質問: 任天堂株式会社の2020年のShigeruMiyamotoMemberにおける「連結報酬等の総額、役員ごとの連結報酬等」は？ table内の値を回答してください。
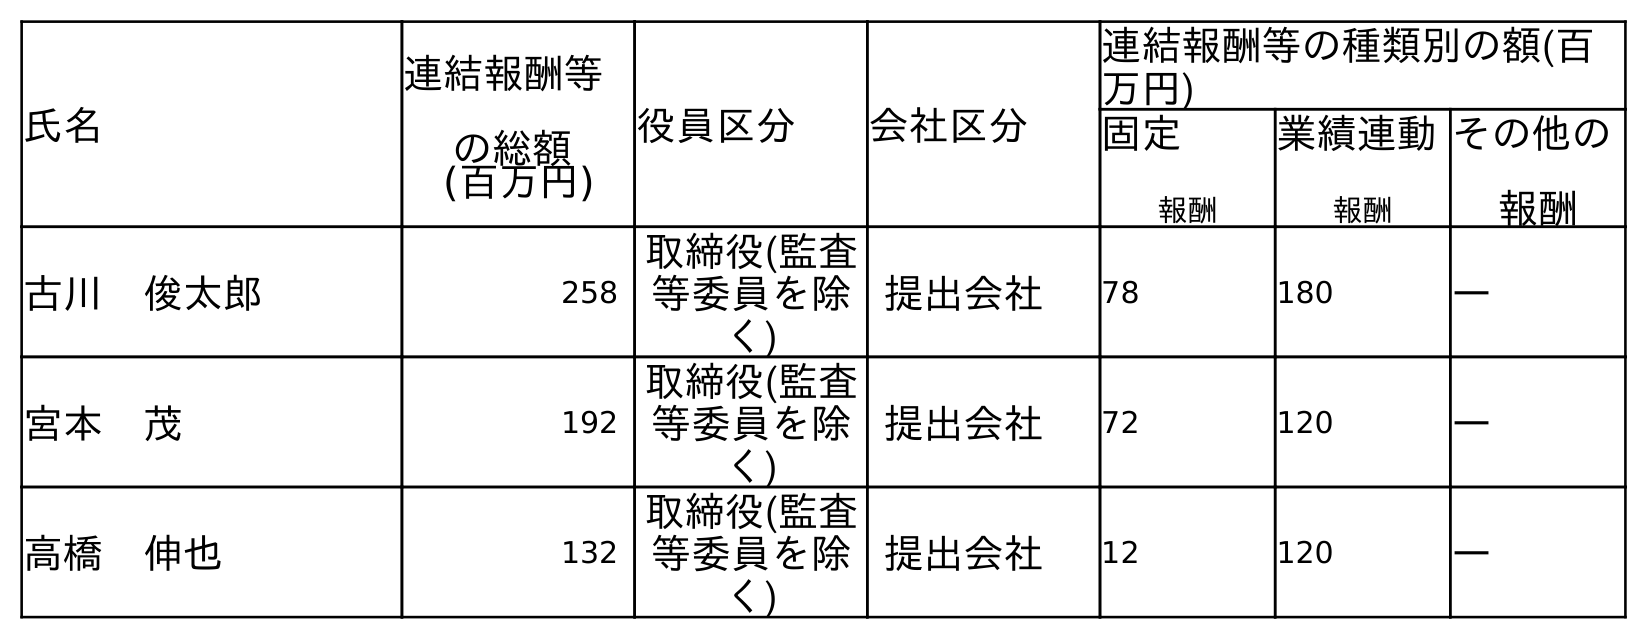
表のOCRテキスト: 氏名 連結報酬等 の総額 (百万円) 役員区分 会社区分 連結報酬等の種類別の額(百 万円) 固定 報酬 業績連動 報酬 その他の 報酬 古川 俊太郎 258 取締役(監査 等委員を除 く) 提出会社 78 180 ― 宮本 茂 192 取締役(監査 等委員を除 く) 提出会社 72 120 ― 高橋 伸也 132 取締役(監査 等委員を除 く) 提出会社 12 120 ―
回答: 192